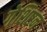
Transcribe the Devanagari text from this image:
गेशिष्टन